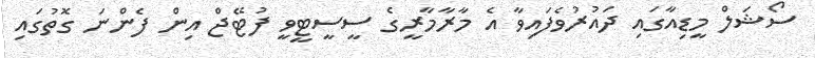
ސޯޝަލް މީޑިއާގައި ދައުރުވެފައިވާ އެ މާރާމާރީގެ ސީސީޓީވީ ފުޓޭޖް އިން ފެންނަ ގޮތުގައި